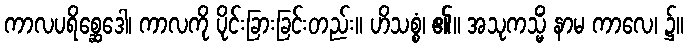
ကာလပရိစ္ဆေဒေါ၊ ကာလကို ပိုင်းခြားခြင်းတည်း။ ဟိသစ္စံ၊ ၏။ အသုကသ္မိံ နာမ ကာလေ၊ ၌။